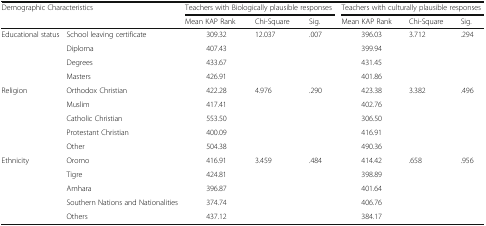
| <ROWSPAN=2-COLSPAN=2> Demographic Characteristics | <COLSPAN=3> Teachers with Biologically plausible responses | <COLSPAN=3> Teachers with culturally plausible responses |
 | Mean KAP Rank | Chi-Square | Sig. | Mean KAP Rank | Chi-Square | Sig. |
 | --- | --- | --- | --- | --- | --- | --- | --- |
 | <ROWSPAN=4> Educational status | School leaving certificate | 309.32 | <ROWSPAN=4> 12.037 | <ROWSPAN=4> .007 | 396.03 | <ROWSPAN=4> 3.712 | <ROWSPAN=4> .294 |
 | Diploma | 407.43 | 399.94 |
 | Degrees | 433.67 | 431.45 |
 | Masters | 426.91 | 401.86 |
 | <ROWSPAN=5> Religion | Orthodox Christian | 422.28 | <ROWSPAN=5> 4.976 | <ROWSPAN=5> .290 | 423.38 | <ROWSPAN=5> 3.382 | <ROWSPAN=5> .496 |
 | Muslim | 417.41 | 402.76 |
 | Catholic Christian | 553.50 | 306.50 |
 | Protestant Christian | 400.09 | 416.91 |
 | Other | 504.38 | 490.36 |
 | <ROWSPAN=5> Ethnicity | Oromo | 416.91 | <ROWSPAN=5> 3.459 | <ROWSPAN=5> .484 | 414.42 | <ROWSPAN=5> .658 | <ROWSPAN=5> .956 |
 | Tigre | 424.81 | 398.89 |
 | Amhara | 396.87 | 401.64 |
 | Southern Nations and Nationalities | 374.74 | 406.76 |
 | Others | 437.12 | 384.17 |